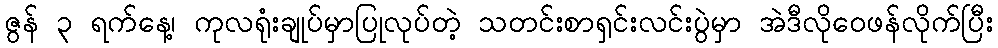
ဇွန် ၃ ရက်နေ့၊ ကုလရုံးချုပ်မှာပြုလုပ်တဲ့ သတင်းစာရှင်းလင်းပွဲမှာ အဲဒီလိုဝေဖန်လိုက်ပြီး